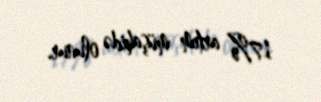
17% artım müşahidə olunur.